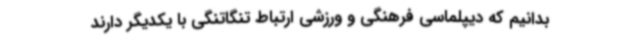
بدانیم که دیپلماسی فرهنگی و ورزشی ارتباط تنگاتنگی با یکدیگر دارند